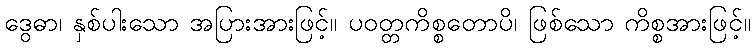
ဒွေဓာ၊ နှစ်ပါးသော အပြားအားဖြင့်။ ပဝတ္တကိစ္စတောပိ၊ ဖြစ်သော ကိစ္စအားဖြင့်။